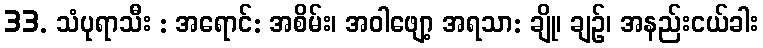
33. သံပုရာသီး : အရောင်: အစိမ်း၊ အဝါဖျော့ အရသာ: ချို၊ ချဉ်၊ အနည်းငယ်ခါး